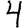
Digit: 4